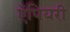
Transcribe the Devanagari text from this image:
ऍपियरी